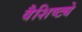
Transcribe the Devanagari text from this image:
वैशिष्‍ट्ये